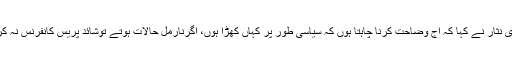
اسلام آباد میں پریس کانفرنس کرتے ہوئے چودھری نثار نے کہا کہ آج وضاحت کرنا چاہتا ہوں کہ سیاسی طور پر کہاں کھڑا ہوں، اگرنارمل حالات ہوتے توشائد پریس کانفرنس نہ کرتا، واضح کردوں کہ پارٹی سے ناراض نہیں ہوں۔